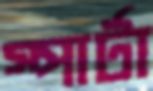
স্পার্টা